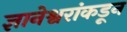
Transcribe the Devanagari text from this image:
ज्ञानेश्वरांकडून